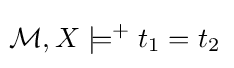
\!{\mathcal {M}},X\models ^{+}t_{1}=t_{2}